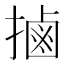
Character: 𢲸